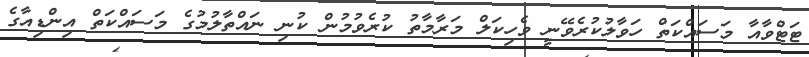
ޓަޓްވާއާ މަސައްކަތް ހަވާލުކުރެވޭނީ ވެހިކަލް މަރާމާތު ކުރެވުމުން ކުނި ނައްތާލުމުގެ މަސައްކަތް އިންޑިއާގެ